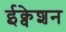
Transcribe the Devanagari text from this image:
ईक्वेशन